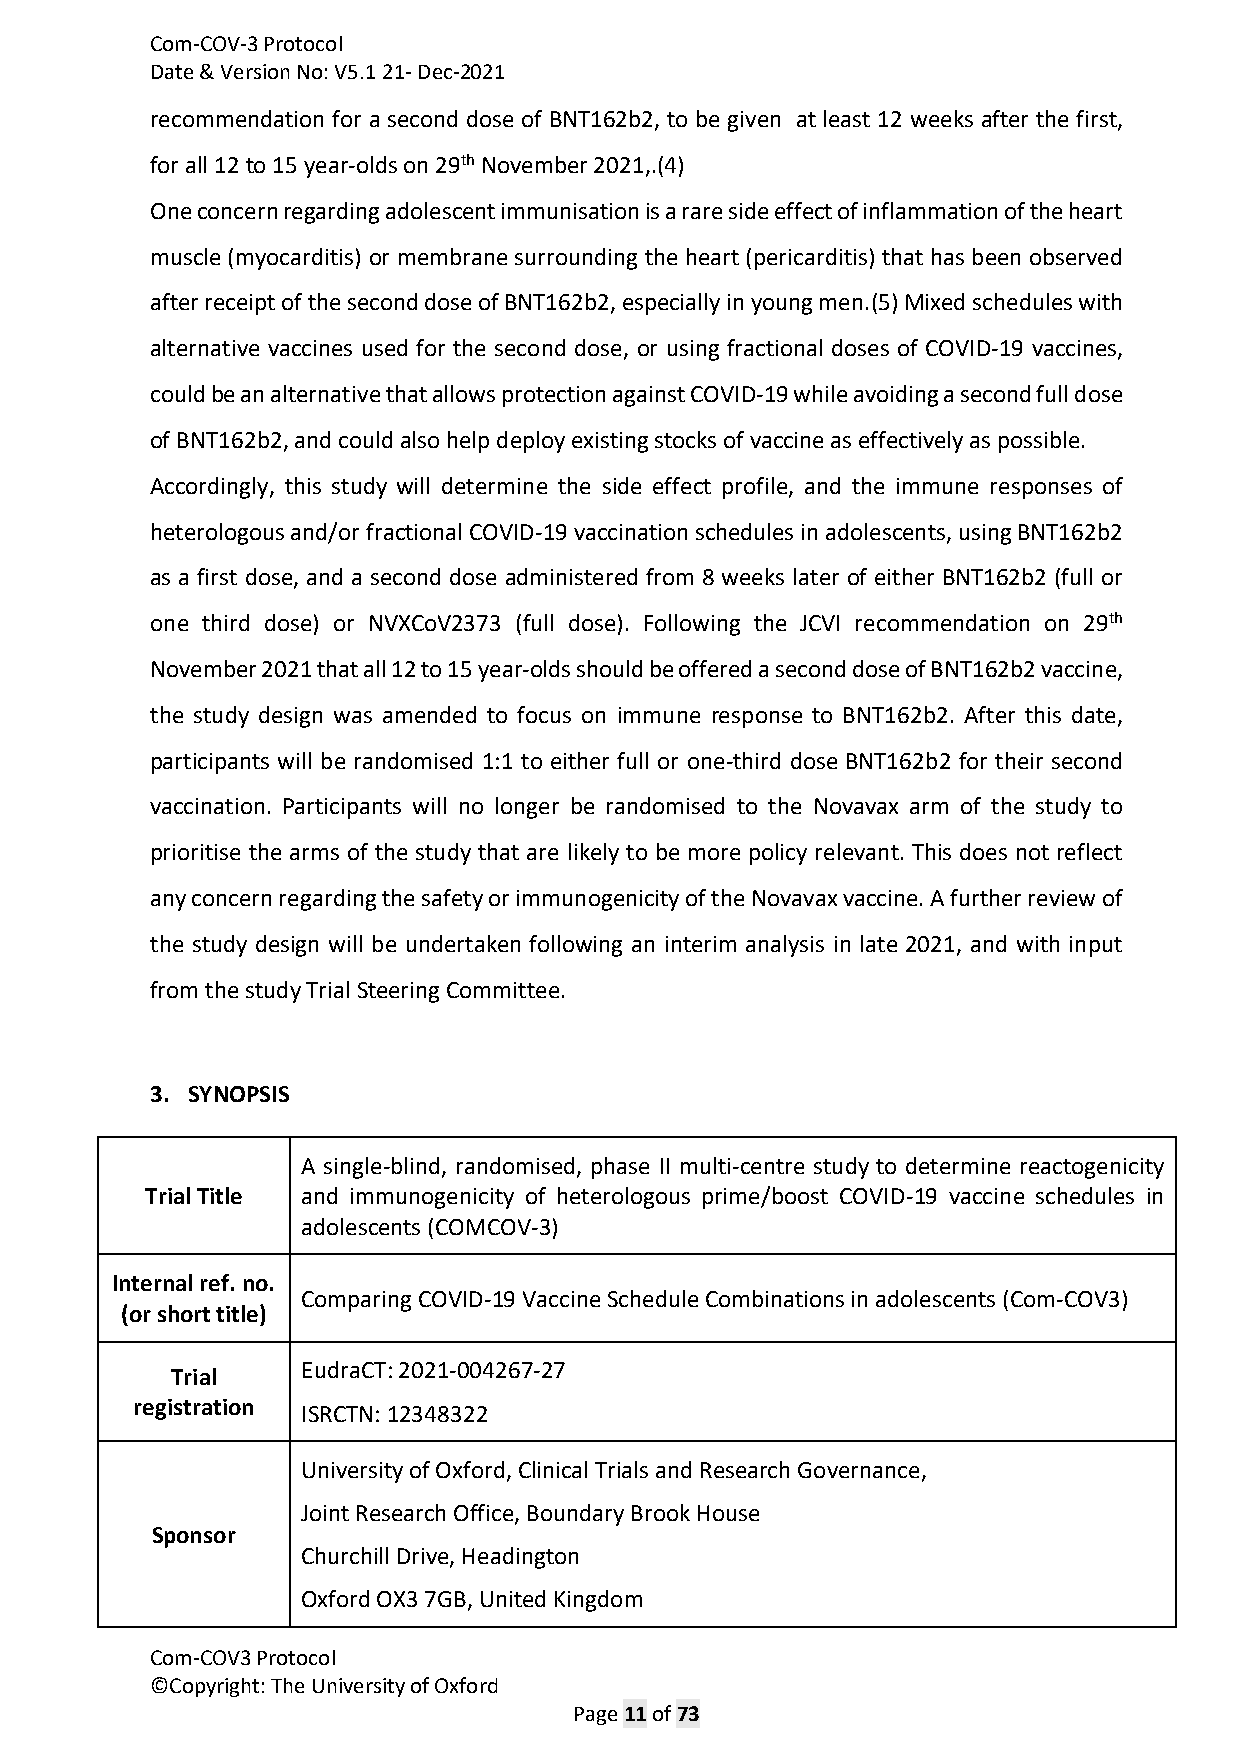
Com-COV-3 Protocol
 Date & Version No: V5.1 21- Dec-2021
 recommendation for a second dose of BNT162b2, to be given at least 12 weeks after the first,
 for all 12 to 15 year-olds on 29th November 2021,.(4)
 One concern regarding adolescent immunisation is a rare side effect of inflammation of the heart
 muscle (myocarditis) or membrane surrounding the heart (pericarditis) that has been observed
 after receipt of the second dose of BNT162b2, especially in young men.(5) Mixed schedules with
 alternative vaccines used for the second dose, or using fractional doses of COVID-19 vaccines,
 could be an alternative that allows protection against COVID-19 while avoiding a second full dose
 of BNT162b2, and could also help deploy existing stocks of vaccine as effectively as possible.
 Accordingly, this study will determine the side effect profile, and the immune responses of
 heterologous and/or fractional COVID-19 vaccination schedules in adolescents, using BNT162b2
 as a first dose, and a second dose administered from 8 weeks later of either BNT162b2 (full or
 one third dose) or NVXCoV2373 (full dose). Following the JCVI recommendation on 29th
 November 2021 that all 12 to 15 year-olds should be offered a second dose of BNT162b2 vaccine,
 the study design was amended to focus on immune response to BNT162b2. After this date,
 participants will be randomised 1:1 to either full or one-third dose BNT162b2 for their second
 vaccination. Participants will no longer be randomised to the Novavax arm of the study to
 prioritise the arms of the study that are likely to be more policy relevant. This does not reflect
 any concern regarding the safety or immunogenicity of the Novavax vaccine. A further review of
 the study design will be undertaken following an interim analysis in late 2021, and with input
 from the study Trial Steering Committee.
 3. SYNOPSIS
 A single-blind, randomised, phase II multi-centre study to determine reactogenicity
 Trial Title and immunogenicity of heterologous prime/boost COVID-19 vaccine schedules in
 adolescents (COMCOV-3)
 Internal ref. no.
 Comparing COVID-19 Vaccine Schedule Combinations in adolescents (Com-COV3)
 (or short title)
 Trial    EudraCT: 2021-004267-27
 registration ISRCTN: 12348322
 University of Oxford, Clinical Trials and Research Governance,
 Joint Research Office, Boundary Brook House
 Sponsor
 Churchill Drive, Headington
 Oxford OX3 7GB, United Kingdom
 Com-COV3 Protocol
 ©Copyright: The University of Oxford
 Page 11 of 73